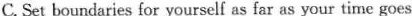
C.Set boundaries for yourself as far as your time goes